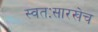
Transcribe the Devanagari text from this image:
स्वतःसारखेच